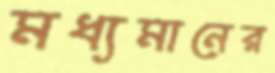
মধ্যমানের